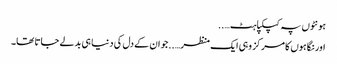
ہونٹوں پہ کپکپاہٹ…..
اور نگاہوں کا مرکز وہی ایک منظر…..جو ان کے دل کی دنیا ہی بدلے جاتا تھا۔